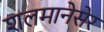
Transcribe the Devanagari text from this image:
शलमानेसेर